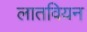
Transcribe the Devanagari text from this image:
लातवियन